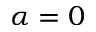
\alpha = 0